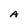
Character: A